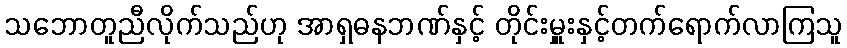
သဘောတူညီလိုက်သည်ဟု အာရှဓနဘဏ်နှင့် တိုင်းမှူးနှင့်တက်ရောက်လာကြသူ